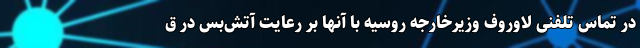
در تماس تلفنی لاوروف وزیرخارجه روسیه با آنها بر رعایت آتش‌بس در ق